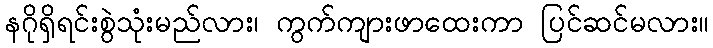
နဂိုရှိရင်းစွဲသုံးမည်လား၊ ကွက်ကျားဖာထေးကာ ပြင်ဆင်မလား။